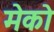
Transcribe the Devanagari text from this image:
मेको